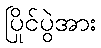
ပြိုင်ပွဲအား